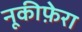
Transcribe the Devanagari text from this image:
नूकीफ़ेरा